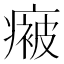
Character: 𭼤